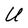
Character: U